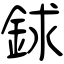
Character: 銶